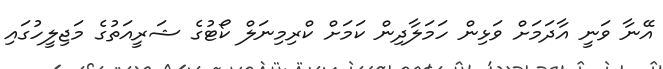
އޭނާ ވަނީ އާދަމަށް ވަޅިން ހަމަލާދިން ކަމަށް ކްރިމިނަލް ކޯޓުގެ ޝަރީއަތުގެ މަޖިލީހުގައި